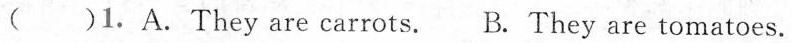
( )1. A.They are carrots. B. They are tomatoes.